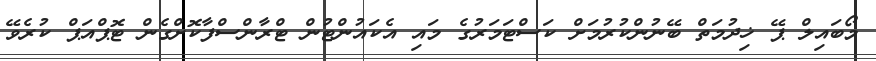
މޯބައިލް ޕޭ ޚިދުމަތް ބޭނުންކުރުމަށް ކަސްޓަމަރުގެ މައި އެކައުންޓުން ޓްރާންސްފާކޮށްގެން ޓޮޕްއަޕް ކުރެވޭ